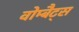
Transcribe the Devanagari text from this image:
वोम्बैट्स